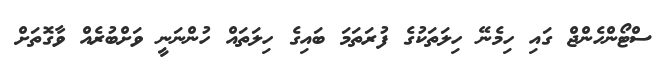
ސްޓޯންހެންޖް ގައި ހިމެނޭ ހިލަތަކުގެ ފުރަތަމަ ބައިގެ ހިލަތައް ހުންނަނީ ވަށްބުރެއް ވާގޮތަށް